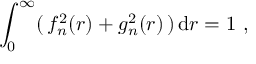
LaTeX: \int _ { 0 } ^ { \infty } ( \, f _ { n } ^ { 2 } ( r ) + g _ { n } ^ { 2 } ( r ) \, ) \, \mathrm { d } r = 1 ~ ,